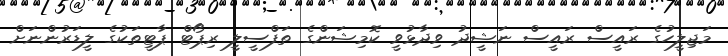
މަޖިލީހުގެ ރައީސް ރައީސް ނަޝީދު ވިދާޅުވީ ކޮމިޝަންގެ ތަފްސީލީ ރިޕޯޓް ޕާޓީތަކުގެ ލީޑަރުންނަށް